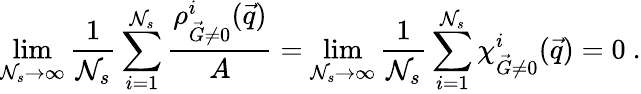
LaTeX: \operatorname*{lim}_{\mathcal{N}_{s}\to\infty}\frac{{1}}{{\mathcal{N}_{s}}}\sum_{i=1}^{\mathcal{N}_{s}}\frac{{{\rho_{\vec{{G}}\neq0}^{i}(\vec{{q}})}}}{{A}}=\operatorname*{lim}_{\mathcal{N}_{s}\to\infty}\frac{{1}}{{\mathcal{N}_{s}}}\sum_{i=1}^{\mathcal{N}_{s}}{\chi_{\vec{{G}}\neq0}^{i}(\vec{{q}})}=0\ .